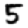
Digit: 5